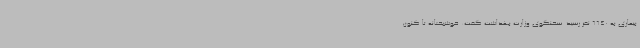
بیماری به 6640 نفر رسید. سخنگوی وزارت بهداشت گفت: خوشبختانه تا کنون